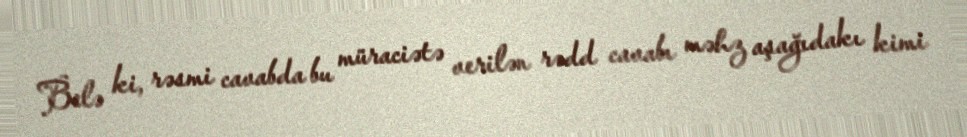
Belə ki, rəsmi cavabda bu müraciətə verilən rədd cavabı məhz aşağıdakı kimi